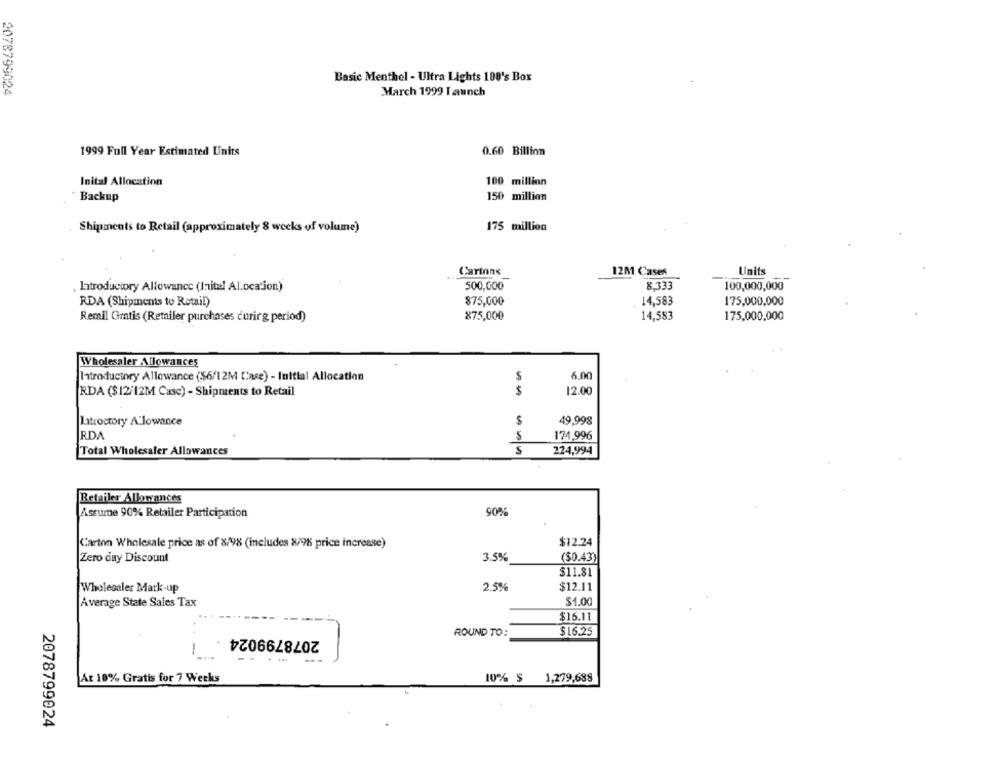
Basic Menthol - Ultra Lights 100's Box
2078799024
March 1999 Launch
1999 Full Year Estimated Units
0.60 Billion
Inital Allocation
100 million
Backup
150 million
Shipments to Retail (approximately 8 weeks of volume)
175 million
Cartons
12M Cases
Units
Introductory Allowance (Inital Al.ocation)
500,000
8.333
100,000,000
RDA (Shipments to Retail)
$75,000
14,583
175.000,000
Remil Gratis (Retailer purchases curirg period)
875,000
14,583
175,000,000
Wholesaler Allowances
Introductory Allowance ($6/12M Case) - Initial Allocation
$
6.00
RDA ($12/12M Casc) - Shipments to Retail
12.00
latroctory Allowance
$
49,998
RDA
$
174,996
Total Wholesaler Allowances
S
224,994
Retailer Allowances
902:
Assume 90% Retailer Participation
Carton Wholesale price as of 8/98 (includes X/9% price increase)
$12.24
Zero day Discount
3.5%
($0.43)
$11.81
2.5%
$12.11
Wholesaler Mark-up
$1.00
Average State Sales Tax
$16.11
2078799024
ROUND TO:
$16.25
-
At 10% Gratis for 7 Weeks
10% $ 1,279,688
2078799024